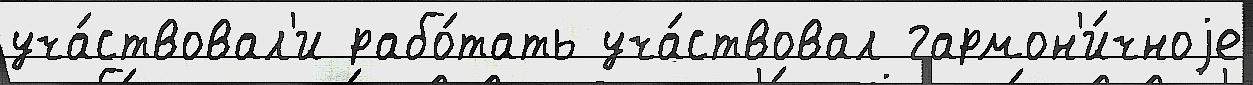
уча́ствовал'и рабо́тать уча́ствовал гармон'и́чноjе